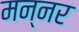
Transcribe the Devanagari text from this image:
मन्नर